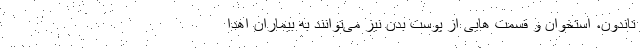
تاندون، استخوان و قسمت هایی از پوست بدن نیز می‌توانند به بیماران اهدا